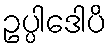
ဥပ္ပါဒေါပိ